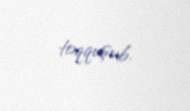
toqquşub.